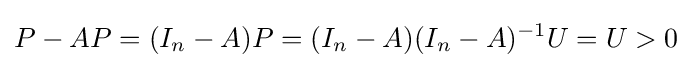
P-AP=(I_{n}-A)P=(I_{n}-A)(I_{n}-A)^{-1}U=U>0